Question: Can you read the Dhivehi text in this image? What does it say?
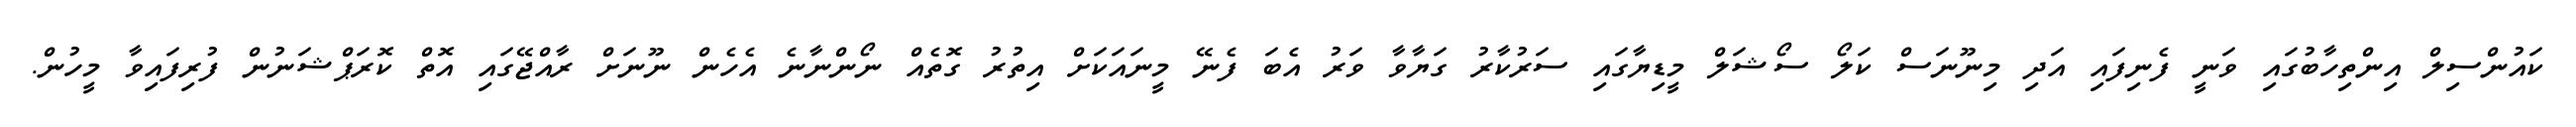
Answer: ކައުންސިލް އިންތިހާބުގައި ވަނީ ފެނިފައި އަދި މިނޫނަސް ކަލޯ ސޯޝަލް މީޑިޔާގައި ސަރުކާރު ގަޔާވާ ވަރު އެބަ ފެނޭ މީނައަކަށް އިތުރު ގޮތެއް ނޯންނާނެ އެހެން ނޫނަށް ރާއްޖޭގައި އޮތް ކޮރަޕްޝަނުން ފުރިފައިވާ މީހުން.